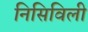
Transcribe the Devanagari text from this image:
निसिविली